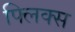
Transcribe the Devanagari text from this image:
फ्लिक्स